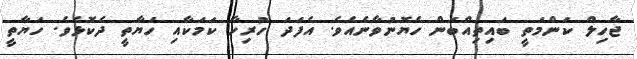
ޖާހިލް ކަންމަތީ ބައިތިއްބަން ހެޔޮނުވާނެއެވެ. އެފަދަ ހުރިހާ ކަމަކާއި ހަޔާތީ ދެކޮޅެވެ. ހަޔާތީ